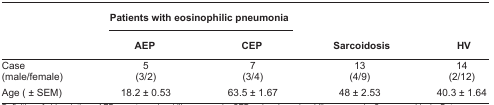
<table><thead><tr><td></td><td colspan="2"><b>Patients with eosinophilic pneumonia</b></td><td></td><td></td></tr><tr><td></td><td><b>AEP</b></td><td><b>CEP</b></td><td><b>Sarcoidosis</b></td><td><b>HV</b></td></tr></thead><tbody><tr><td>Case (male/female)</td><td>5 (3/2)</td><td>7 (3/4)</td><td>13 (4/9)</td><td>14 (2/12)</td></tr><tr><td>Age (± SEM)</td><td>18.2 ± 0.53</td><td>63.5 ± 1.67</td><td>48 ± 2.53</td><td>40.3 ± 1.64</td></tr></tbody></table>